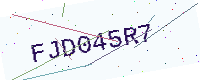
Text: FJD045R7